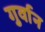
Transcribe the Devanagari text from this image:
गुर्वान